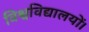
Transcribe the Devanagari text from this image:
विश्वविद्यालयों।